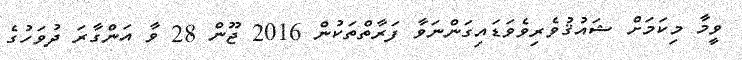
ވީމާ މިކަމަށް ޝައުޤުވެރިވެވަޑައިގަންނަވާ ފަރާތްތަކުން 2016 ޖޫން 28 ވާ އަންގާރަ ދުވަހުގެ